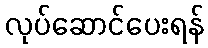
လုပ်ဆောင်ပေးရန်